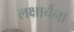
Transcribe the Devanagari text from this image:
लक्षार्चना